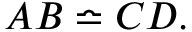
A B \bumpeq C D .